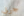
جربي